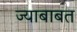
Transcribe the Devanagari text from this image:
ज्याबाबत